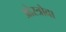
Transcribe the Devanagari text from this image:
ओस्त्रोवा